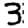
Digit: 3